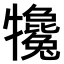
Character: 𤜇